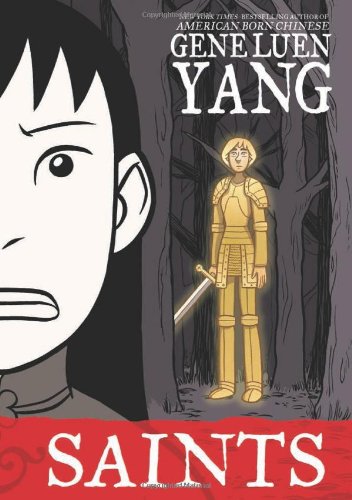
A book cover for Saints (Boxers & Saints); Gene Luen Yang; Teen & Young Adult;